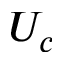
U _ { c }